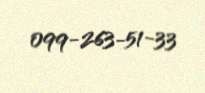
099-263-51-33